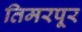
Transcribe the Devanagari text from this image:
तिमरपूर